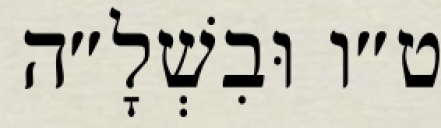
ט״ו וּבִשְׁלָ״ה